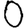
Digit: 0